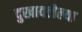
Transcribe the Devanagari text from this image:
दुखावलेल्या